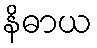
နိဓာယ